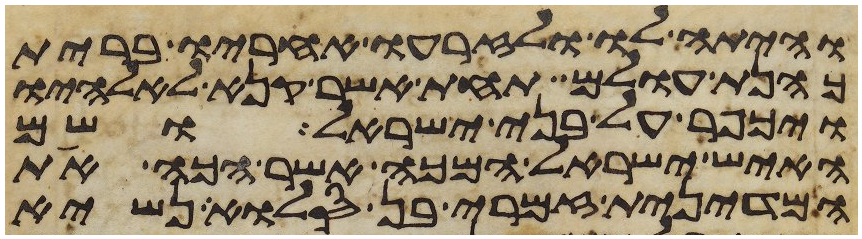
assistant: והיתה לו ולזרעו אחריו ברית
כהנת עולם תחת אשר קנא לאלהיו
ויכפר על בני ישראל ושם
האיש ישראל המכה אשר הכה את
המדינית זמרי בן סלוא נשיא